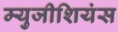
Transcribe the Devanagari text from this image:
म्युजीशियंस